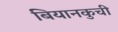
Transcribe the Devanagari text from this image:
बियानकुची